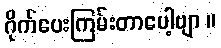
ဂိုက်ပေးကြမ်းတာပေါ့ဗျာ ။